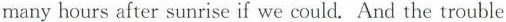
many hours after sunrise if we could. And the trouble